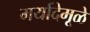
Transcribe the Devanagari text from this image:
मर्यादेमूळे